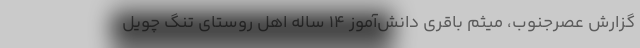
گزارش‌ عصرجنوب‌، میثم باقری دانش‌آموز ۱۴ ساله اهل روستای تنگ چویل‌